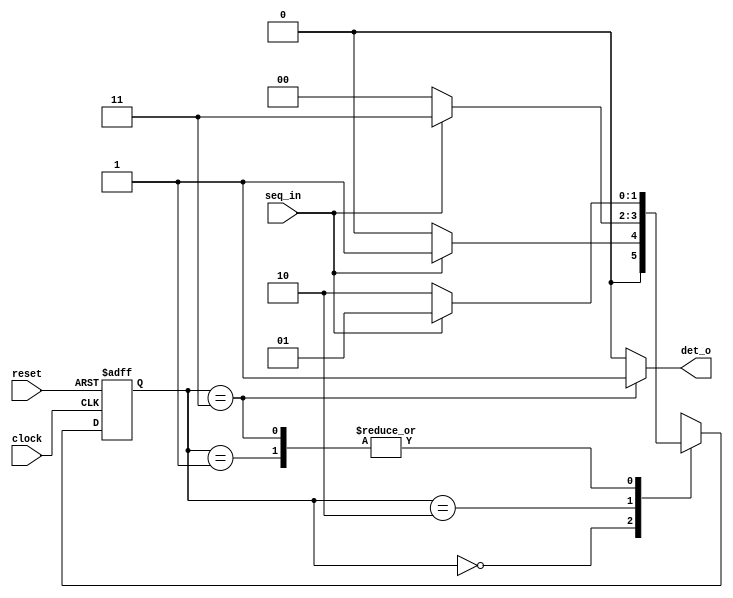
module seq_det(seq_in,
 clock,
 reset,
 det_o);
 //Step1 : Declare the states as parameter

 parameter IDLE = 2'b00,
 STATE1 = 2'b01,
 STATE2 = 2'b10,
 STATE3 = 2'b11;
 //Step2 : Write down the ports direction
 input seq_in,clock,reset;
 output det_o;
 //Internal registers
 reg [1:0]state,next_state;

 //Step3 : Write down the sequential logic for present state with
//active high asychronous reset
 always@(posedge clock,posedge reset)
 begin
if(reset)
 state <= IDLE;
else
 state <= next_state;
 end
 //Understand the combinational logic for next state
 always@(state,seq_in)
 begin
case(state)
 IDLE :
 if(seq_in==1)
 next_state=STATE1;
 else
 next_state=IDLE;
 STATE1 :
 if(seq_in==0)
 next_state=STATE2;

 else
 next_state=STATE1;
 STATE2 :
 if(seq_in==1)
 next_state=STATE3;
 else
 next_state=IDLE;
 STATE3 :
 if(seq_in==1)
 next_state=STATE1;
 else
 next_state=STATE2;
 default:
 next_state=IDLE;
endcase
 end
 //Step4 : Write down the logic for Moore output det_o
 assign det_o = (state == STATE3) ? 1'b1:1'b0;
endmodule